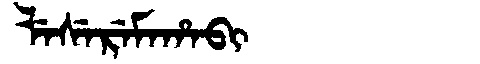
Manchu: ᠯᡝᠰᡝᡵᡝᠮᠠᡥᠠᠪᡳ
Romanization: LESEREMAHABI